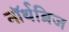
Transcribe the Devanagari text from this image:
नॉर्थब्रिज